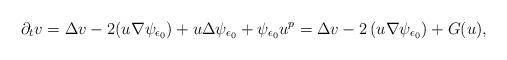
LaTeX: \begin{align*}\partial_t v = \Delta v - 2 (u\nabla \psi_{\epsilon_0} ) + u \Delta \psi_{\epsilon_0} + \psi_{\epsilon_0} u^p = \Delta v - 2 \left( u \nabla \psi_{\epsilon_0} \right) + G ( u), \end{align*}